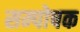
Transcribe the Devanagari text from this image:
सम्पोषक